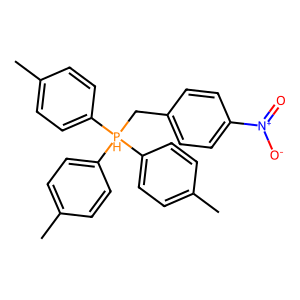
SMILES: Cc1ccc([PH](Cc2ccc([N+](=O)[O-])cc2)(c2ccc(C)cc2)c2ccc(C)cc2)cc1
Inhibits HIV replication: No